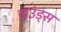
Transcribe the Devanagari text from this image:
हाउंड्स